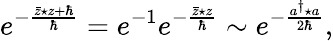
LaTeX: e^{-\frac{\bar{z}\star z+\hbar}{\hbar}}=e^{-1}e^{-\frac{\bar{z}\star z}{\hbar}}\sim e^{-\frac{a^{\dagger}\star a}{2\hbar}},